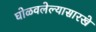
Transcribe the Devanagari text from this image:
घोळवलेल्यासारखे